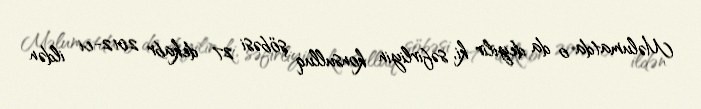
Məlumatda o da deyilir ki, səfirliyin konsulluq şöbəsi 27 dekabr 2012-ci ildən